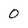
Character: 0